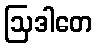
ဩဒါတေ